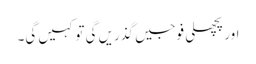
اور پچھلی فوجیں گذریں گی تو کہیں گی۔